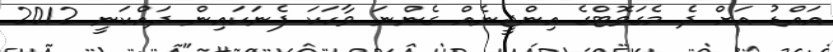
އައްޑު އަށް ދެ މެގަވޮޓްގެ އިންޖީނެއް ގެންނަ ވާހަކަ ފެނަކައިން ދައްކަނީ 2012